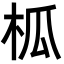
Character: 柧